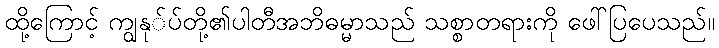
ထို့ကြောင့် ကျွနု်ပ်တို့၏ပါတီအဘိဓမ္မာသည် သစ္စာတရားကို ဖေါ်ပြပေသည်။